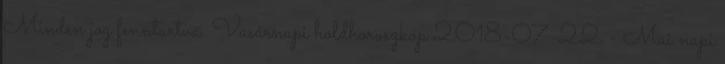
Minden jog fenntartva. Vasárnapi holdhoroszkóp 2018-07-22 - Mai napi